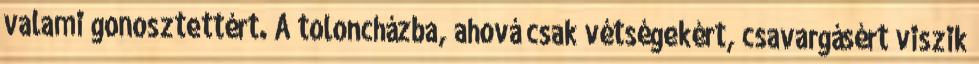
valami gonosztettért. A toloncházba, ahová csak vétségekért, csavargásért viszik